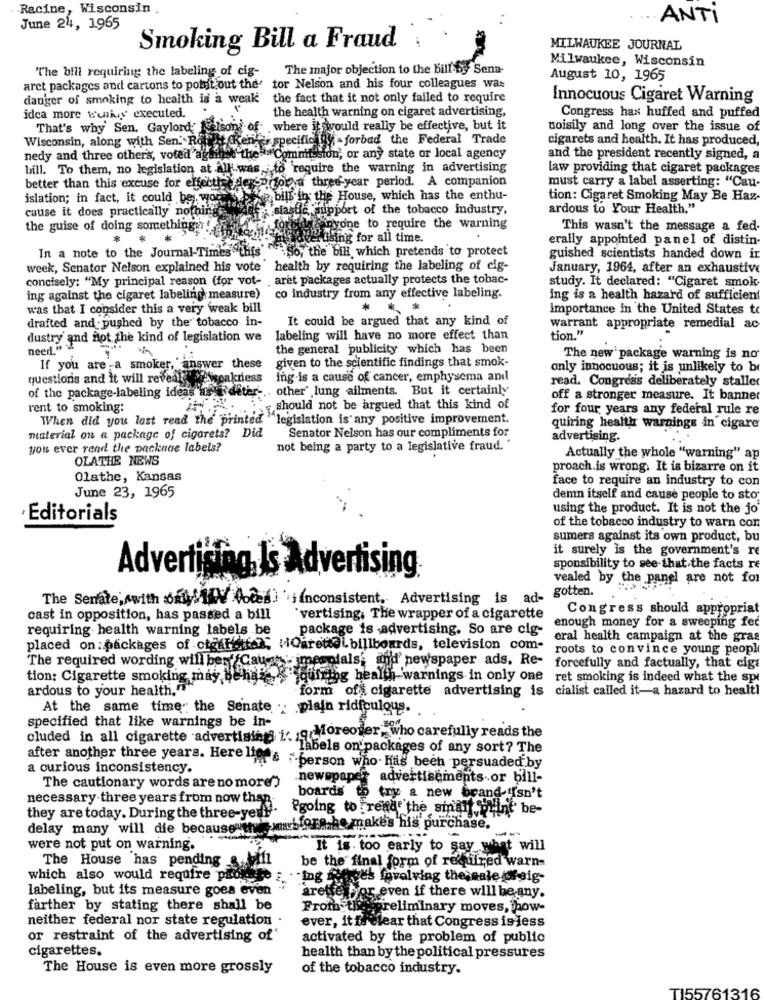
Racine, Wisconsin
ANTI
June 24, 1965
Smoking Bill a Fraud
MILWAUKEE JOURNAL
Milwaukee, Wisconsin
"The bili requiring the labeling of cig-
The major objection to the bill by Sena-
August 10, 1965
arct packages and cartons to potet out the' tor Nelson and his four colleagues was
danger of smoking to health is a weak the fact that it not only failed to require
Innocuous Cigaret Warning
idea more wunky executed.
the health warning on cigaret advertising,
Congress has huffed and puffed
That's why Sen. Gaylord Nelson of where it would really be effective, but it
noisily and long over the issue of
Wisconsin, along with Sen. Rott Keng y specific gy -forbad the Federal Trade
cigarets and health. It has produced,
nedy and three other's, voted against
Winthe Commission, or any state or local agency
and the president recently signed, a
bill. To them, no legislation at All was, to 'require the warning in advertising
law providing that cigaret packages
better than this excuse for effectis des-prfor a three-year period. A companion
must carry a label asserting: "Cau-
islation; in fact, it could be wor
bill in the House, which has the enthu-
tion: Cigaret Smoking May Be Haz-
cause it does practically nothing
siaste support of the tobacco industry,
ardous to Your Health."
the guise of doing something !!
anyone to require the warning
This wasn't the message a fed.
fertising for all time.
erally appointed panel of distin.
In a note to the Journal-Times "this'
"So, the bill which pretends to protect
guished scientists handed down ir
week, Senator Nelson explained his vote health by requiring the labeling of cig-
January, 1964, after an exhaustive
concisely: "My principal reason (for vot- aret packages actually protects the tobac-
study. It declared: "Cigaret smok-
ing against the cigaret labeling measure)
co industry from any effective labeling.
ing is a health hazard of sufficient
was that I consider this a very weak bill
*
importance in the United States to
drafted and pushed by the tobacco in-
It could be argued that any kind of
Warrant appropriate remedial ac
dustry and not the kind of legislation we
labeling will have no more effect than
tion."
need."
the general publicity which has been
The new package warning is no
If you are -a smoker, answer these
given to the scientific findings that smok-
only innocuous; it is unlikely to br
questions and it will reveal sessoakness
ing-is a cause of cancer, emphysema and
read. Congress deliberately staller
of the package-labeling ideas asy
other" lung ailments. But it certainly
off a stronger measure. It banner
rent to smoking:
should not be argued that this kind of
for four years any federal rule re
When did you last read the printed "legislation is any positive improvement.
quiring health warnings in cigare
material on a package of cigarets? Did
Senator Nelson has our compliments for
advertising.
you ever read the packuae labels?
not being a party to a legislative fraud.
OLATHE NEWS
Actually the whole "warning" ap
proach.is wrong. It is bizarre on it
Olathe, Kansas
face to require an industry to con
June 23, 1965
demn itself and cause people to sto;
using the product. It is not the jo
Editorials
of the tobacco industry to warn con
sumers against its own product, bu
it surely is the government's re
sponsibility to see-that the facts re
Advertising Is Advertising
vealed by the panel are not for
The Senate, with ofu.1 Votes ) iinconsistent, Advertising is ad- Sote
Congress should appropriat
cast in opposition, has passed a bill
`vertising; The wrapper of a cigarette
requiring- health warning labels be
package is advertising. So are cig-
enough money for a sweeping fec
eral health campaign at the gras
placed on packages of otgardt ?; viQaretel billboards, television com-
roots to convince young peopl
The required wording will ben'/Caust jmesolals, and newspaper ads. Re- forcefully and factually, that cig.
tion: Cigarette smoking may behai-
quiring health warnings in only one ret smoking is indeed what the spr
ardous to your health. "
form off cigarette advertising is cialist called it-a hazard to healtl
At the same time the Senate .. plain ridiculous.
specified that like warnings be in-
cluded in all cigarette advertising i: ignoreover, who carefully reads the
labels on'packages of any sort? The
after another three years. Here lies&
a curious inconsistency.
i-person who. has been persuaded by
The cautionary words are no more"
newspaper advertisements.or bill-
necessary three years from now than-
boards to try a new brand iisn't
Pgoing to rentd' the smart inin
WPrint be-
they are today. During the three-yedi
delay many will die because wy wstora he makes his purchase.
-=
were not put on warning.
It is. too early to say what will
The House has pending &
be the final form of required warn-
which also would require progetto
. - Ing fifries iavalving the sale /Chsig-
labeling, but its measure goes even
arette For even if there will be any.
farther by stating there shall be
From the preliminary moves, how-
neither federal nor state regulation
ever, it ff clear that Congress is less
or restraint of the advertising of
activated by the problem of public
cigarettes.
health than by the political pressures
The House is even more grossly
of the tobacco industry.
TI55761316